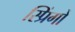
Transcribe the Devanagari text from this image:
स्प्रिंगों